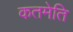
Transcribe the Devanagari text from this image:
कतमेति